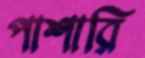
পাশারি